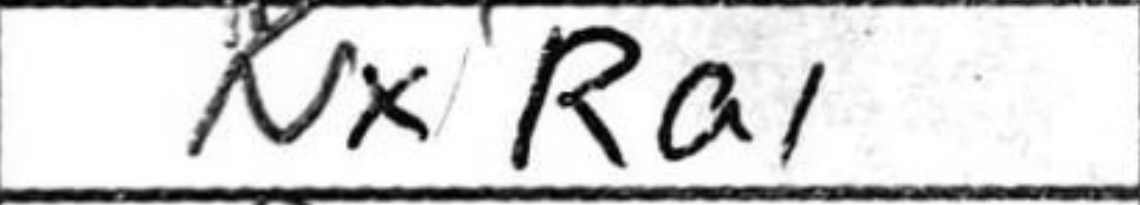
Transcription: NxRa1